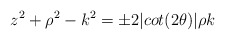
\begin{align*}z^2 + \rho ^2 - k^2 = \pm 2 \vert cot (2 \theta ) \vert \rho k\end{align*}